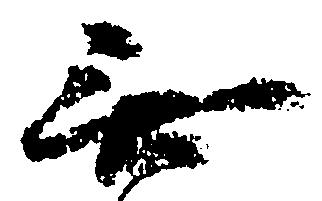
無